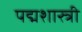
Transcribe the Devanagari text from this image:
पद्मशास्त्री